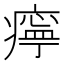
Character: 𤹧